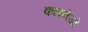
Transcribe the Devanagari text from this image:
काइनेजों